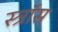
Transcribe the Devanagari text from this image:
स्त्रॉस